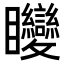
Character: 𥍚